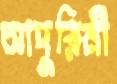
আদুরিনী